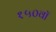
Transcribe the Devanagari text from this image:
१५०वॉ